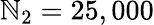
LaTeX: \mathbb{N}_{2}=25,000